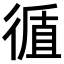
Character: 𢕀